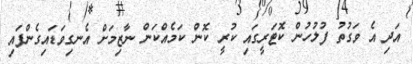
އަދި އެ ވަގުތު ފުލުހުން ކޮޓަރީގައި ކުރީ ކޮން ކަމެއްކަން ނާޒިމަށް އެނގިވަޑައިގެންފައި